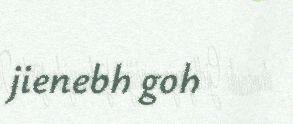
jienebh goh